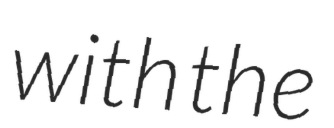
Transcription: with the